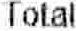
TOTAL